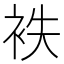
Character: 袟